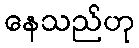
နေသည်ဟု